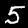
Digit: 5